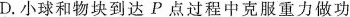
D.小球和物块到达P点过程中克服重力做功